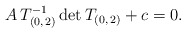
\begin{align*}A\,T_{(0,\,2)}^{-1}\,\mathrm{det}\,T_{(0,\,2)}+c=0.\end{align*}